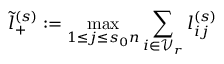
\tilde { l } _ { + } ^ { ( s ) } : = \operatorname* { m a x } _ { 1 \le j \le s _ { 0 } n } \sum _ { i \in \mathcal { V } _ { r } } l _ { i j } ^ { ( s ) }